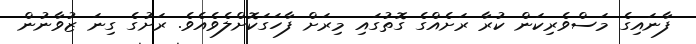
ފާނައިގެ މަސްވެރިކަން ކުރާ ރަށެއްގެ ގޮތުގައި މިރަށް ފާހަގަކޮށްލެވެއެވެ. ރަށުގެ ގިނަ ޒުވާނުން